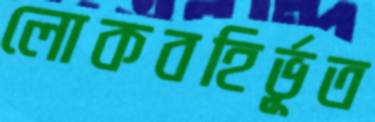
লোকবহির্ভূত